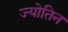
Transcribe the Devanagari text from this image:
ज्‍योतिन